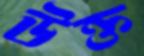
উক্ত